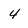
Character: 4